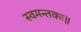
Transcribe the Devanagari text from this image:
स्वमन्तकः॥